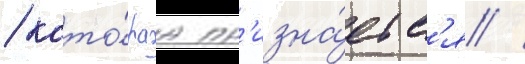
/ кото́раа пр'изна́етс'я /